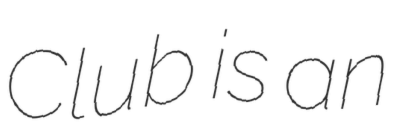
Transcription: Club is an